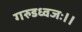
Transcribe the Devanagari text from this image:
गरुडध्वजः।।